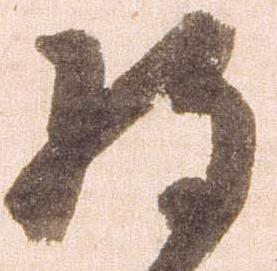
将